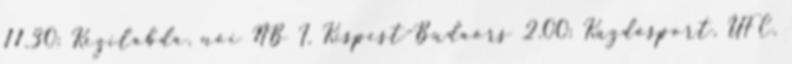
11.30: Kézilabda, női NB I, Kispest-Budaörs 2.00: Küzdősport, UFC,